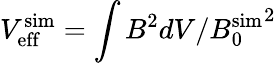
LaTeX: V_{\mathrm{eff}}^{\mathrm{sim}}=\int B^{2}dV/{B_{0}^{\mathrm{sim}}}^{2}